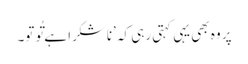
پر وہ بھی یہی کہتی رہی کہ ’ناشکرا ہے تُو تو۔